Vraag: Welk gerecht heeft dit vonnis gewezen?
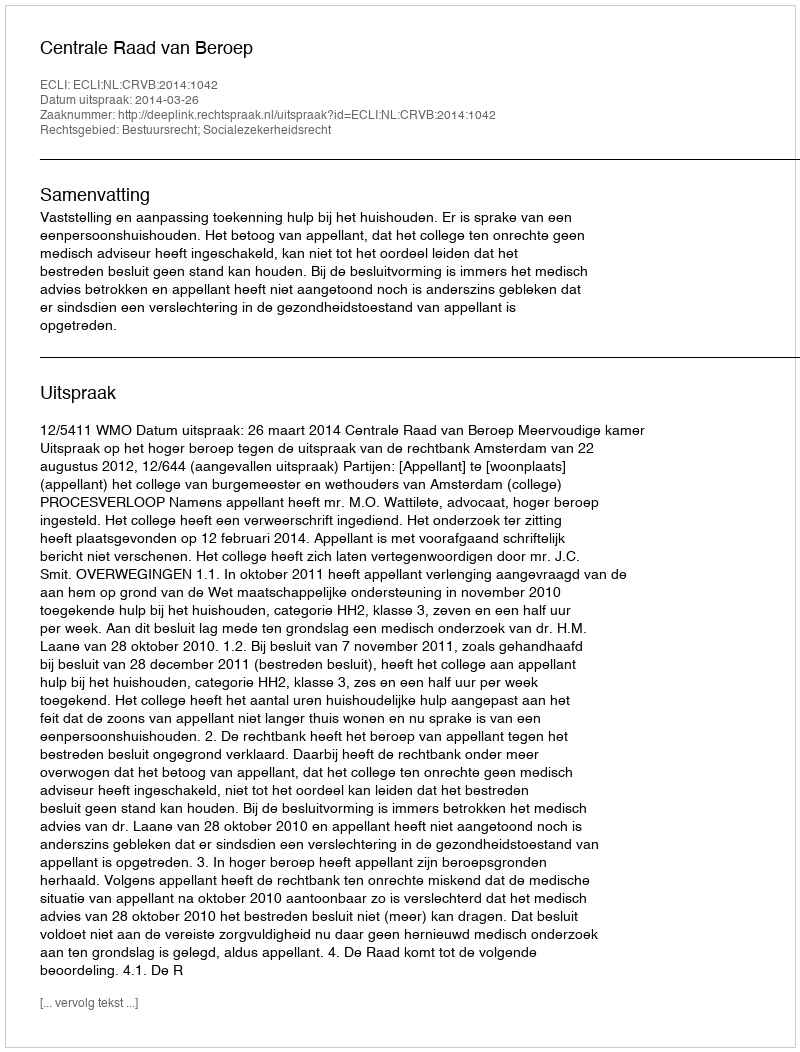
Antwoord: Centrale Raad van Beroep